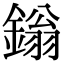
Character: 鎓